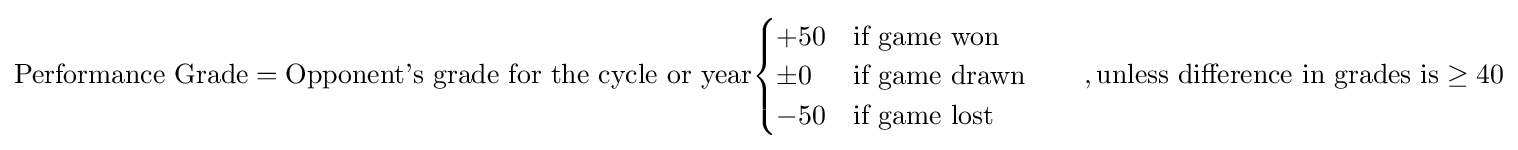
{\text{Performance Grade}}={\text{Opponent's grade for the cycle or year}}{\begin{cases}+50&{\text{if game won}}\\\pm 0&{\text{if game drawn}}\\-50&{\text{if game lost}}\end{cases}}\qquad ,{\text{unless difference in grades is}}\geq 40